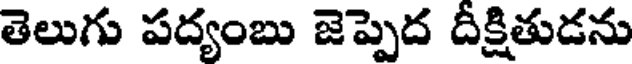
తెలుగు పద్యంబు జెప్పెద దీక్షితుడను